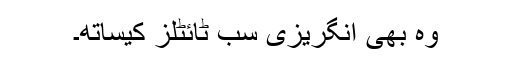
وہ بھی انگریزی سب ٹائٹلز کیساتھ۔